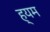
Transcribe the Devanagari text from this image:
ह्यम